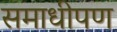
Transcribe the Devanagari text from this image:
समाधीपण